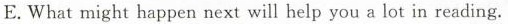
E.What might happen next will help you a lot in reading.